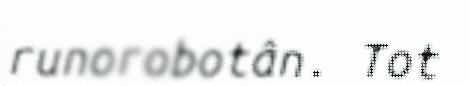
runorobotân. Tot